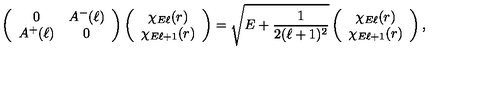
\left( \begin{array} { c c } { 0 } & { A ^ { - } ( \ell ) } \\ { A ^ { + } ( \ell ) } & { 0 } \\ \end{array} \right) \left( \begin{array} { c } { \chi _ { E \ell } ( r ) } \\ { \chi _ { E \ell + 1 } ( r ) } \\ \end{array} \right) = \sqrt { E + \frac { 1 } { 2 ( \ell + 1 ) ^ { 2 } } } \left( \begin{array} { c } { \chi _ { E \ell } ( r ) } \\ { \chi _ { E \ell + 1 } ( r ) } \\ \end{array} \right) ,